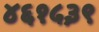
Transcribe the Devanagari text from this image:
४६१५३९